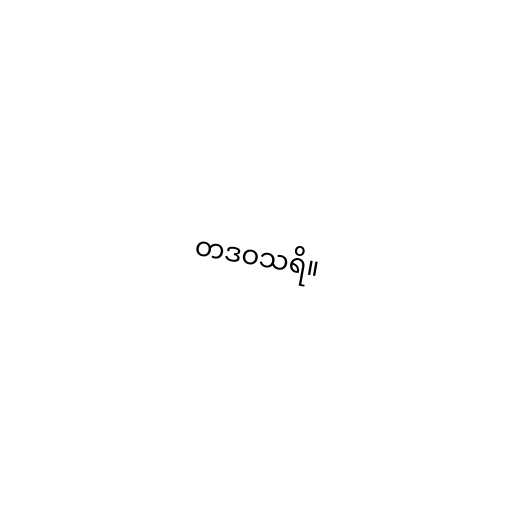
တဒဝသရိ။